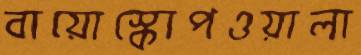
বায়োস্কোপওয়ালা